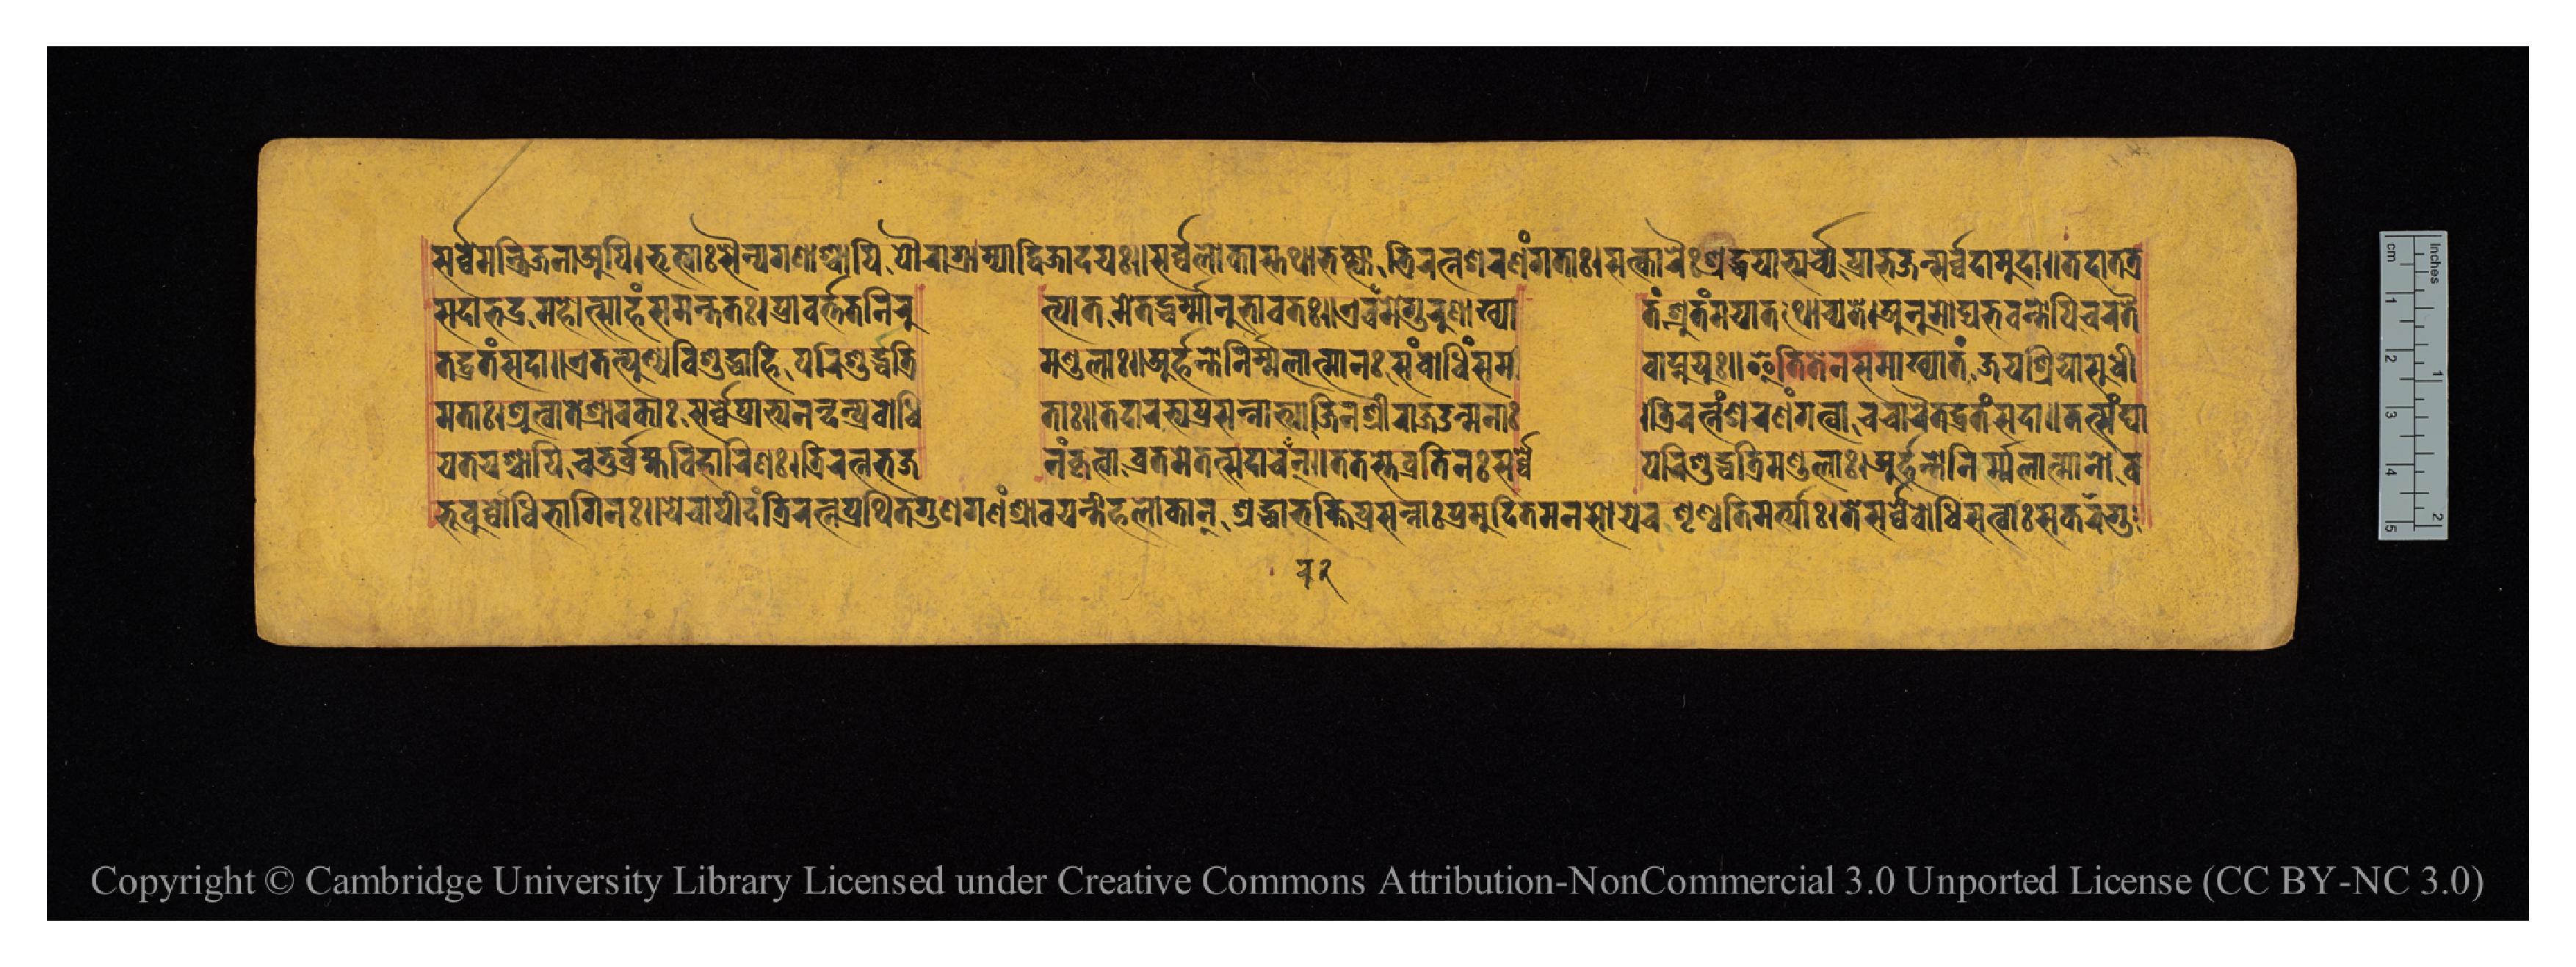
𑐳𑐬𑑂𑐰𑑂𑐰𑐾𑐩𑐣𑑂𑐟𑑂𑐬𑐶𑐖𑐣𑐵𑐀𑐥𑐶𑑋𑐨𑐺𑐟𑑂𑐫𑐵𑑅𑐳𑐿𑐣𑑂𑐫𑐐𑐞𑐵𑐱𑑂𑐔𑐵𑐥𑐶𑐥𑑁𑐬𑐵𑐐𑑂𑐬𑐵𑐩𑑂𑐫𑐵𑐡𑑂𑐰𑐶𑐖𑐵𑐡𑐫𑑅𑑌𑐳𑐬𑑂𑐰𑑂𑐰𑐮𑑀𑐎𑐵𑐳𑑂𑐟𑐠𑐵𑐨𑐎𑑂𑐟𑑂𑐫𑐵𑐟𑑂𑐬𑐶𑐬𑐟𑑂𑐣𑐱𑐬𑐞𑑄𑐐𑐟𑐵𑑅𑑋𑐳𑐟𑑂𑐎𑐵𑐬𑐿𑑅𑐱𑑂𑐬𑐡𑑂𑐢𑐫𑐵𑐨𑑂𑐫𑐬𑑂𑐔𑑂𑐫𑐥𑑂𑐬𑐵𑐨𑐖𑐣𑑂𑐳𑐬𑑂𑐰𑑂𑐰𑐡𑐵𑐩𑐸𑐡𑐵𑑌𑐟𑐡𑐵𑐟𑐟𑑂𑐬 𑐳𑐡𑐵𑐨𑐡𑑂𑐬𑑅𑐩𑐴𑑀𑐟𑑂𑐳𑐵𑐴𑑄𑐳𑐩𑐣𑑂𑐟𑐟𑑅𑑋𑐥𑑂𑐬𑐵𑐰𑐬𑑂𑐟𑐟𑐣𑐶𑐬𑐸  𑐥𑐵𑐟𑐩𑐾𑐟𑐡𑑂𑐢𑐬𑑂𑐩𑐵𑐣𑐨𑐵𑐰𑐟𑑅𑑋𑐊𑐰𑑄𑐩𑐾𑐐𑐸𑐬𑐸𑐞𑐵𑐏𑑂𑐫𑐵  𑐟𑑄𑐱𑑂𑐬𑐸𑐟𑑄𑐩𑐫𑐵𑐟𑐠𑑀𑐔𑑂𑐫𑐟𑐾𑑋𑐀𑐣𑐸𑐩𑑀𑐡𑑂𑐫𑐨𑐰𑐣𑑂𑐟𑑀𑐥𑐶𑐔𑐬𑐟𑐿 𑐩𑐟𑐵𑑋𑐱𑑂𑐬𑐸𑐟𑑂𑐰𑐵𑐟𑐾𑐱𑑂𑐬𑐵𑐰𑐎𑐵𑑅𑐳𑐬𑑂𑐰𑑂𑐰𑐾𑐥𑑂𑐬𑐵𑐨𑑂𑐫𑐣𑐣𑑂𑐡𑐣𑑂𑐥𑑂𑐬𑐧𑑀𑐢𑐶  𑐟𑐵𑑅𑑋𑐟𑐡𑐵𑐬𑐨𑑂𑐫𑐥𑑂𑐬𑐳𑐣𑑂𑐣𑐵𑐟𑑂𑐩𑐵𑐖𑐶𑐣𑐱𑑂𑐬𑐷𑐬𑐵𑐖𑑁𑐣𑑂𑐩𑐣𑐵𑑅  𑑋𑐟𑑂𑐬𑐶𑐬𑐟𑑂𑐣𑐱𑐬𑐞𑑄𑐐𑐟𑑂𑐰𑐵𑐔𑐔𑐵𑐬𑐿𑐟𑐡𑑂𑐰𑑂𑐬𑐟𑑄𑐳𑐡𑐵𑑌𑐟𑐟𑑂𑐳𑑄𑐑𑐵 𑐟𑐡𑑂𑐰𑑂𑐬𑐟𑑄𑐳𑐡𑐵𑑌𑐊𑐟𑐟𑑂𑐥𑐸𑐞𑑂𑐫𑐰𑐶𑐱𑐸𑐡𑑂𑐢𑐵𑐴𑐶𑐥𑐬𑐶𑐱𑐸𑐡𑑂𑐢𑐟𑑂𑐬𑐶  𑐩𑐞𑑂𑐜𑐮𑐵𑑅𑑋𑐀𑐬𑑂𑐴𑐣𑑂𑐟𑑀𑐣𑐶𑐬𑑂𑐩𑐮𑐵𑐟𑑂𑐩𑐵𑐣𑑅𑐳𑑄𑐧𑑀𑐢𑐶𑑄𑐳𑐩  𑐰𑐵𑐥𑑂𑐣𑐸𑐫𑐸𑑅𑑋𑐂𑐟𑐶𑐟𑐾𑐊𑐣𑐳𑐩𑐵𑐏𑑂𑐫𑐵𑐟𑑄𑐖𑐫𑐱𑑂𑐬𑐶𑐫𑐵𑐳𑐸𑐢𑐷 𑐫𑐟𑐫𑐱𑑂𑐔𑐵𑐥𑐶𑐔𑐟𑐸𑐬𑑂𑐧𑑂𑐬𑐴𑑂𑐩𑐰𑐶𑐴𑐵𑐬𑐶𑐞𑑅𑑋𑐟𑑂𑐬𑐶𑐬𑐟𑑂𑐣𑐨𑐖  𑐣𑑄𑐎𑐺𑐟𑑂𑐰𑐵𑐰𑑂𑐬𑐟𑐩𑐾𑐟𑐟𑑂𑐳𑐡𑐵𑐔𑐬𑐣𑑂𑑌𑐟𑐟𑐳𑑂𑐟𑐾𑐰𑑂𑐬𑐟𑐶𑐣𑑅𑐳𑐬𑑂𑐰𑑂𑐰𑐾  𑐥𑐬𑐶𑐱𑐸𑐡𑑂𑐢𑐟𑑂𑐬𑐶𑐩𑐞𑑂𑐜𑐮𑐵𑑅𑑋𑐀𑐬𑑂𑐴𑐣𑑂𑐟𑑀𑐣𑐶𑐬𑑂𑐩𑐮𑐵𑐟𑑂𑐩𑐵𑐣𑑀𑐧  𑐨𑐹𑐰𑐸𑐬𑑂𑐧𑑀𑐢𑐶𑐨𑐵𑐐𑐶𑐣𑑅𑑋𑐫𑐾𑐔𑐵𑐥𑐷𑐡𑑄𑐟𑑂𑐬𑐶𑐬𑐟𑑂𑐣𑑄𑐥𑑂𑐬𑐠𑐶𑐟𑐐𑐸𑐞𑐐𑐞𑑄𑐱𑑂𑐬𑐵𑐰𑐫𑐣𑑂𑐟𑐷𑐴𑐮𑑀𑐎𑐵𑐣𑑂𑑋𑐱𑑂𑐬𑐡𑑂𑐢𑐵𑐨𑐎𑑂𑐟𑐶𑐥𑑂𑐬𑐳𑐣𑑂𑐣𑐵𑑅𑐥𑑂𑐬𑐩𑐸𑐡𑐶𑐟𑐩𑐣𑐳𑐵𑐫𑐾𑐔𑐱𑐺𑐞𑑂𑐰𑐣𑑂𑐟𑐶𑐩𑐬𑑂𑐟𑑂𑐫𑐵𑑅𑑋𑐟𑐾𑐳𑐬𑑂𑐰𑑂𑐰𑐾𑐧𑑀𑐢𑐶𑐳𑐟𑑂𑐰𑐵𑑅𑐳𑐎𑐬𑐐𑐸